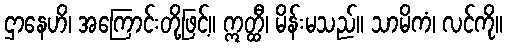
ဌာနေဟိ၊ အကြောင်းတို့ဖြင့်။ ဣတ္ထီ၊ မိန်းမသည်။ သာမိကံ၊ လင်ကို။